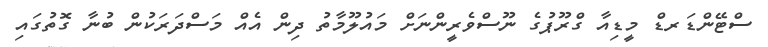
ސްޓޭންޑަރޑް މީޑިއާ ގްރޫޕުގެ ނޫސްވެރީންނަށް މައުލޫމާތު ދިން އެއް މަސްދަރަކުން ބުނާ ގޮތުގައި